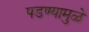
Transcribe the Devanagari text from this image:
पडण्यामुळे